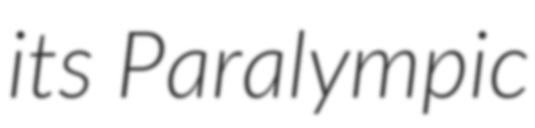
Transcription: its Paralympic